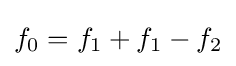
f_{0}=f_{1}+f_{1}-f_{2}